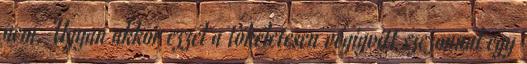
nem. Ugyan akkor ezzel a tökéletesen végigvitt szezonnal egy